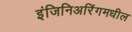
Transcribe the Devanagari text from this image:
इंजिनिअरिंगमधील